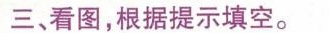
三、看图,根据提示填空.